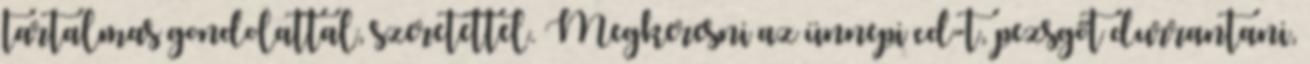
tartalmas gondolattal, szeretettel. Megkeresni az ünnepi cd-t, pezsgőt durrantani,